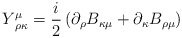
\begin{align*}Y_{\,\,\rho \kappa }^{\mu }=\frac{i}{2}\left( \partial _{\rho }B_{\kappa \mu}+\partial _{\kappa }B_{\rho \mu }\right)\end{align*}